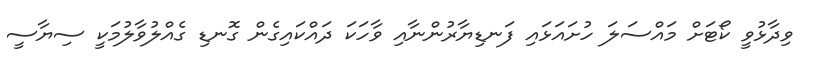
ވިދާޅުވީ ކޯޓަށް މައްސަލަ ހުށައަޅައި ފަނޑިޔާރުންނާއި ވާހަކަ ދައްކައިގެން ގޮނޑި ގެއްލުވާލުމަކީ ސިޔާސީ